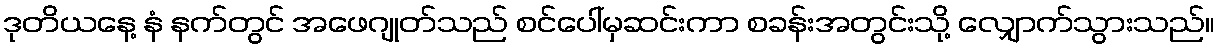
ဒုတိယနေ့ နံ နက်တွင် အဖေဂျုတ်သည် စင်ပေါ်မှဆင်းကာ စခန်းအတွင်းသို့ လျှောက်သွားသည်။